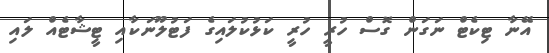
އޭނާ ޓިކެޓް ނަގަން ގޮސް ހުރީ ހުރީ ކަޅުކުލައިގެ ފަޓުލޫނަކާއި ޓީޝާޓެއް ލައި